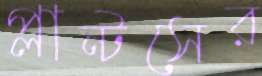
প্লান্টসের